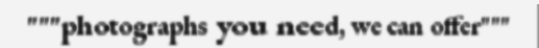
"""photographs you need, we can offer"""